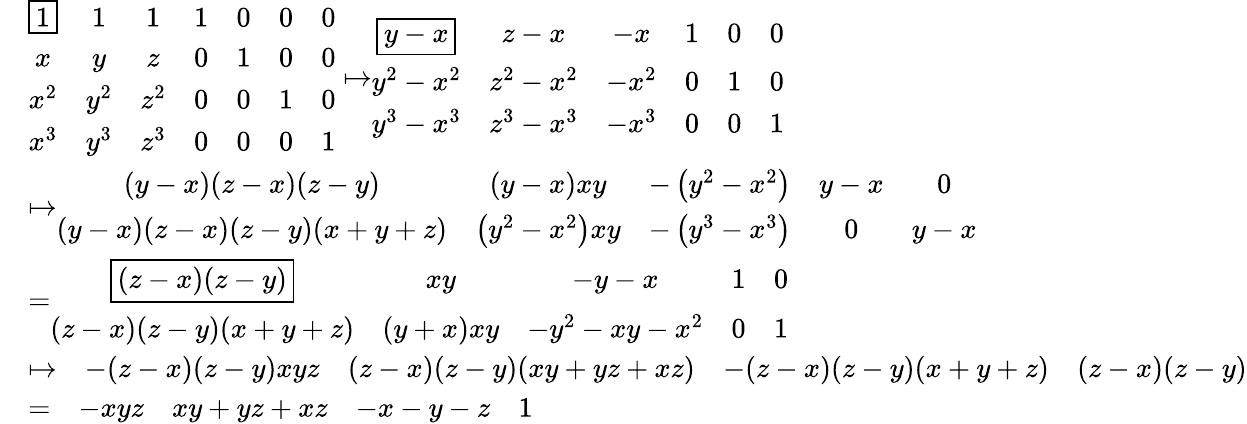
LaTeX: \begin{array}{rl}&{\begin{array}{ccccccc}{\boxed{1}}&{1}&{1}&{1}&{0}&{0}&{0}\\ {x}&{y}&{z}&{0}&{1}&{0}&{0}\\ {x^{2}}&{y^{2}}&{z^{2}}&{0}&{0}&{1}&{0}\\ {x^{3}}&{y^{3}}&{z^{3}}&{0}&{0}&{0}&{1}\end{array}\mapsto\begin{array}{cccccc}{\boxed{y-x}}&{z-x}&{-x}&{1}&{0}&{0}\\ {y^{2}-x^{2}}&{z^{2}-x^{2}}&{-x^{2}}&{0}&{1}&{0}\\ {y^{3}-x^{3}}&{z^{3}-x^{3}}&{-x^{3}}&{0}&{0}&{1}\end{array}}\\ &{\mapsto\begin{array}{ccccc}{(y-x)(z-x)(z-y)}&{(y-x)xy}&{-\left(y^{2}-x^{2}\right)}&{y-x}&{0}\\ {(y-x)(z-x)(z-y)(x+y+z)}&{\left(y^{2}-x^{2}\right)xy}&{-\left(y^{3}-x^{3}\right)}&{0}&{y-x}\end{array}}\\ &{=\begin{array}{ccccc}{\boxed{(z-x)(z-y)}}&{xy}&{-y-x}&{1}&{0}\\ {(z-x)(z-y)(x+y+z)}&{(y+x)xy}&{-y^{2}-xy-x^{2}}&{0}&{1}\end{array}}\\ &{\mapsto\begin{array}{ccccc}&{-(z-x)(z-y)xyz}&{(z-x)(z-y)(xy+yz+xz)}&{-(z-x)(z-y)(x+y+z)}&{(z-x)(z-y)}\end{array}}\\ &{=\begin{array}{ccccc}&{-xyz}&{xy+yz+xz}&{-x-y-z}&{1}\end{array}}\end{array}